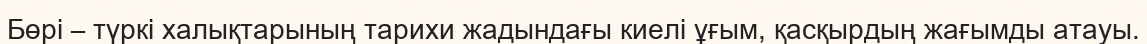
Бөрі – түркі халықтарының тарихи жадындағы киелі ұғым, қасқырдың жағымды атауы.